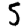
Digit: 5